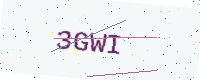
Text: 3GWI